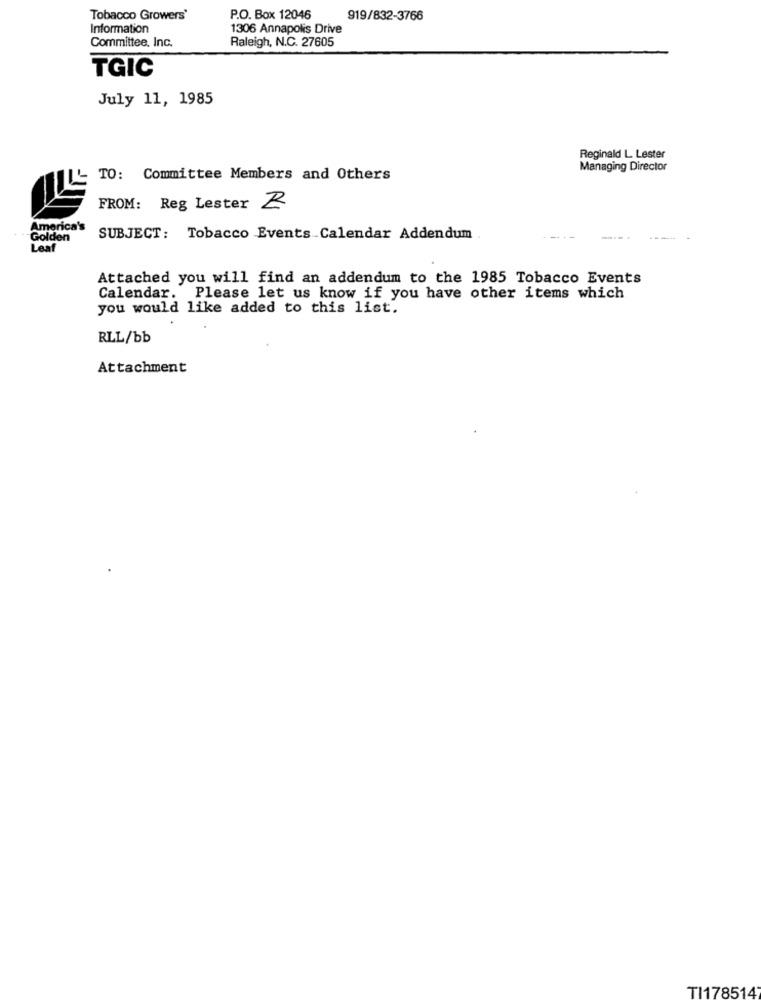
Tobacco Growers'
P.O. Box 12046
919/832-3766
Information
1306 Annapolis Drive
Committee, Inc.
Raleigh, N.C. 27605
TGIC
July 11, 1985
Reginald L. Lester
Managing Director
TO: Committee Members and Others
FROM: Reg Lester Z
America's
Golden
SUBJECT: Tobacco Events Calendar Addendum
Leaf
Attached you will find an addendum to the 1985 Tobacco Events
Calendar. Please let us know if you have other items which
you would like added to this list.
RLL/bb
Attachment
TI178514'